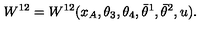
W ^ { 1 2 } = W ^ { 1 2 } ( x _ { A } , \theta _ { 3 } , \theta _ { 4 } , \bar { \theta } ^ { 1 } , \bar { \theta } ^ { 2 } , u ) .